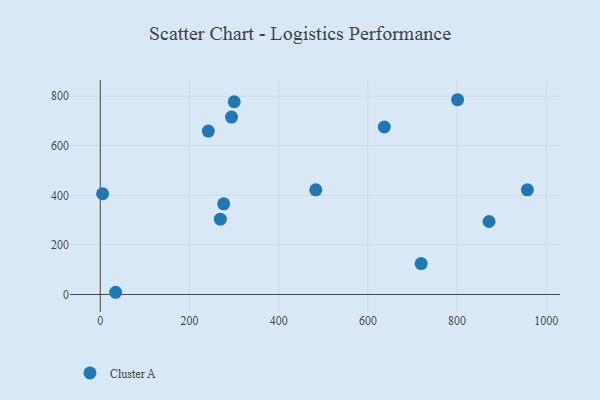
{"axis": {"x": "Study Hours", "y": "Demand"}, "legend": ["Cluster A"], "data": [{"x": "276.7", "y": 365.6, "type": "Cluster A"}, {"x": "801.2", "y": 785.8, "type": "Cluster A"}, {"x": "636.8", "y": 675.8, "type": "Cluster A"}, {"x": "957.6", "y": 422.4, "type": "Cluster A"}, {"x": "5.3", "y": 406.4, "type": "Cluster A"}, {"x": "300.4", "y": 777.6, "type": "Cluster A"}, {"x": "483.3", "y": 422.2, "type": "Cluster A"}, {"x": "294.3", "y": 715.9, "type": "Cluster A"}, {"x": "719.5", "y": 124.7, "type": "Cluster A"}, {"x": "871.6", "y": 294.3, "type": "Cluster A"}, {"x": "34.4", "y": 8.8, "type": "Cluster A"}, {"x": "242.2", "y": 659.2, "type": "Cluster A"}, {"x": "269.2", "y": 303.9, "type": "Cluster A"}]}